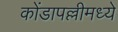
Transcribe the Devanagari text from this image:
कोंडापल्लीमध्ये